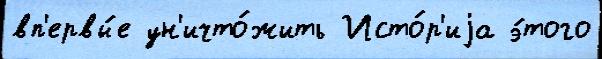
вп'ервы́е ун'ичто́жить Исто́р'иjа э́того